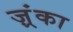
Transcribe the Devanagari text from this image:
ज़्रंका